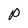
Character: p